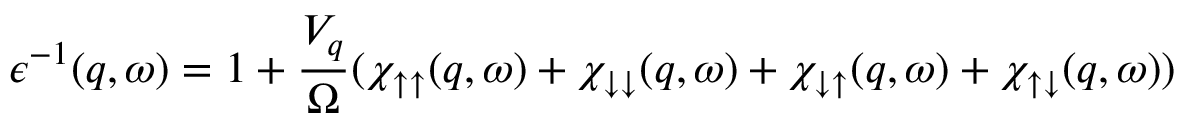
\epsilon ^ { - 1 } ( q , \omega ) = 1 + \frac { V _ { q } } { \Omega } ( \chi _ { \uparrow \uparrow } ( q , \omega ) + \chi _ { \downarrow \downarrow } ( q , \omega ) + \chi _ { \downarrow \uparrow } ( q , \omega ) + \chi _ { \uparrow \downarrow } ( q , \omega ) )